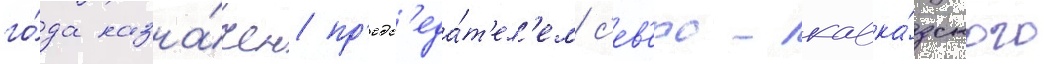
го́да назна́чен пр'едс'еда́т'ел'ем с'ев'еро-кавка́зского